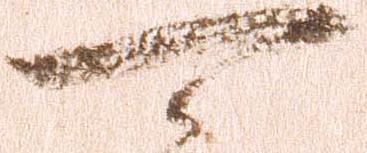
可